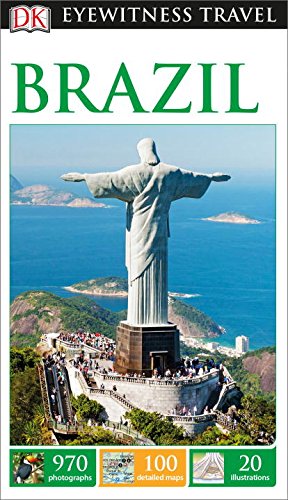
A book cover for DK Eyewitness Travel Guide: Brazil; DK Publishing; Travel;